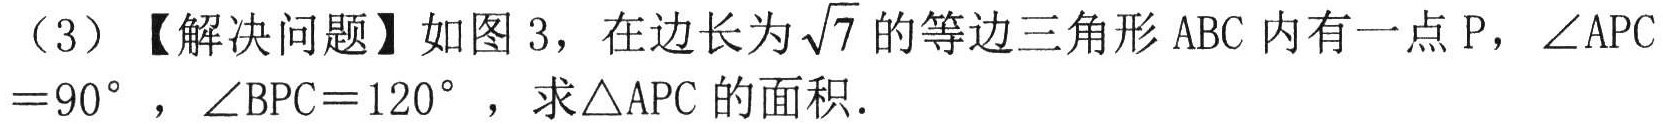
（3）【解决问题】如图 3，在边长为\(\sqrt{7}\)的等边三角形\(ABC\)内有一点\(P\)，\(\angle APC = 90^{\circ}\)，\(\angle BPC = 120^{\circ}\)，求\(\triangle APC\)的面积．